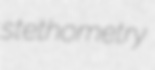
stethometry